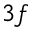
3 f